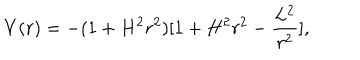
LaTeX: V ( r ) = - ( 1 + H ^ { 2 } r ^ { 2 } ) [ 1 + H ^ { 2 } r ^ { 2 } - \frac { L ^ { 2 } } { r ^ { 2 } } ] ,